Vaccine operations Central Provinces 1886-1899 - 1886-1899
Year: 1886
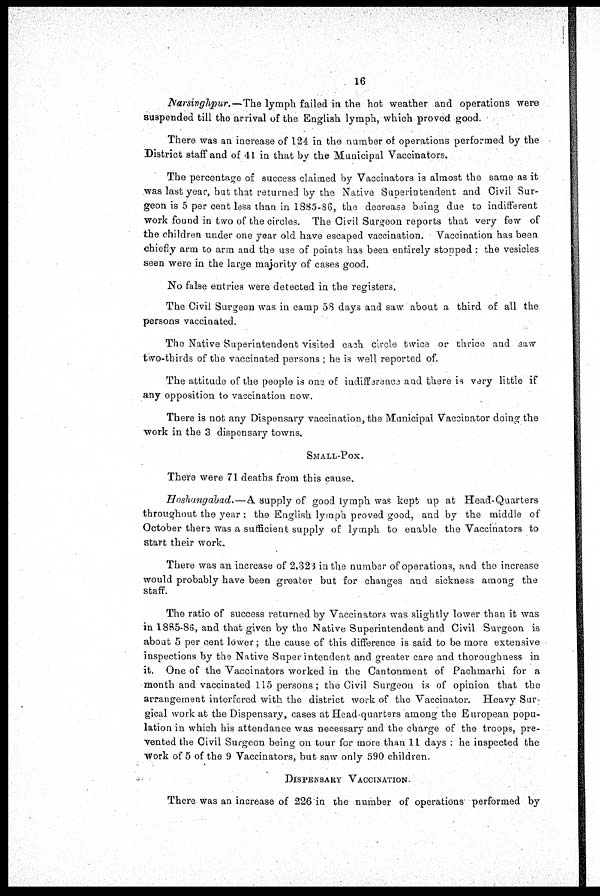
16
Narsinghpur.—The lymph failed in the hot weather and operations were
suspended till the arrival of the English lymph, which proved good.
There was an increase of 124 in the number of operations performed by the
District staff and of 41 in that by the Municipal Vaccinators.
The percentage of success claimed by Vaccinators is almost the same as it
was last year, but that returned by the Native Superintendent and Civil Sur-
geon is 5 per cent less than in 1885-86, the decrease being due to indifferent
work found in two of the circles. The Civil Surgeon reports that very few of
the children under one year old have escaped vaccination. Vaccination has been
chiefly arm to arm and the use of points has been entirely stopped: the vesicles
seen were in the large majority of cases good.
No false entries were detected in the registers.
The Civil Surgeon was in camp 58 days and saw about a third of all the
persons vaccinated.
The Native Superintendent visited each circle twice or thrice and saw
two-thirds of the vaccinated persons ; he is well reported of.
The attitude of the people is one of indifference and there is vary little if
any opposition to vaccination now.
There is not any Dispensary vaccination, the Municipal Vaccinator doing the
work in the 3 dispensary towns.
SMALL-POX.
There were 71 deaths from this cause.
Hoshangabad.—A. supply of good lymph was kept up at Head-Quarters
throughout the year : the English lymph proved good, and by the middle of
October there was a sufficient supply of lymph to enable the Vaccinators to
start their work.
There was an increase of 2,323 in the number of operations, and the increase
would probably have been greater but for changes and sickness among the
staff.
The ratio of success returned by Vaccinators was slightly lower than it was
in 1885-86, and that given by the Native Superintendent and Civil Surgeon is
about 5 per cent lower; the cause of this difference is said to be more extensive
inspections by the Native Superintendent and greater care and thoroughness in
it. One of the Vaccinators worked in the Cantonment of Pachmarhi for a
month and vaccinated 115 persons; the Civil Surgeon is of opinion that the
arrangement interfered with the district work of the Vaccinator. Heavy Sur-
gical work at the Dispensary, cases at Head-quarters among the European popu-
lation in which his attendance was necessary and the charge of the troops, pre-
vented the Civil Surgeon being on tour for more than 11 days : he inspected the
work of 5 of the 9 Vaccinators, but saw only 590 children.
DISPENSARY VACCINATION.
There was an increase of 226 in the number of operations performed by